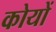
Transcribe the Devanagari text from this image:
कोयों